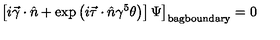
\left. \left[ i \vec { \gamma } \cdot \hat { n } + \mathrm { e x p } \left( i \vec { \tau } \cdot \hat { n } \gamma ^ { 5 } \theta \right) \right] \Psi \right] _ { \mathrm { b a g b o u n d a r y } } = 0